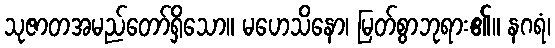
သုဇာတအမည်တော်ရှိသော။ မဟေသိနော၊ မြတ်စွာဘုရား၏။ နဂရံ၊